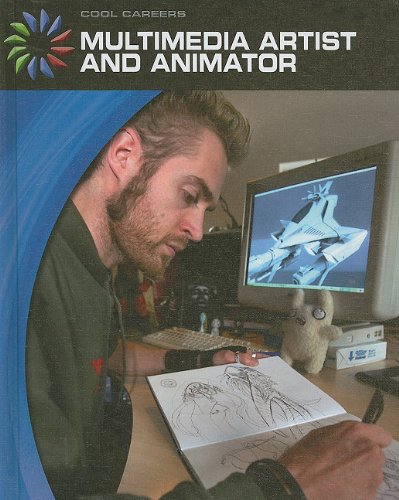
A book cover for Multimedia Artist and Animator (Cool Careers (Cherry Lake)); Matt Mullins; Children's Books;